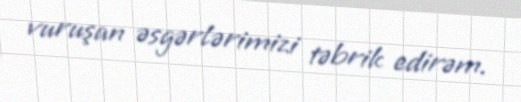
vuruşan əsgərlərimizi təbrik edirəm.